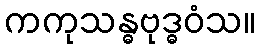
ကကုသန္ဓဗုဒ္ဓဝံသ။